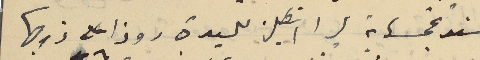
سند بخمسماية ليرا انكليز للسيدة روزا على زوجها